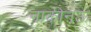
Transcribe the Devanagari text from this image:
नाकीनऊ